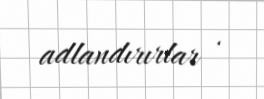
adlandırırlar .